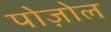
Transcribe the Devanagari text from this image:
पोज़ोल